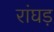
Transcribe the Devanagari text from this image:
रांघड़